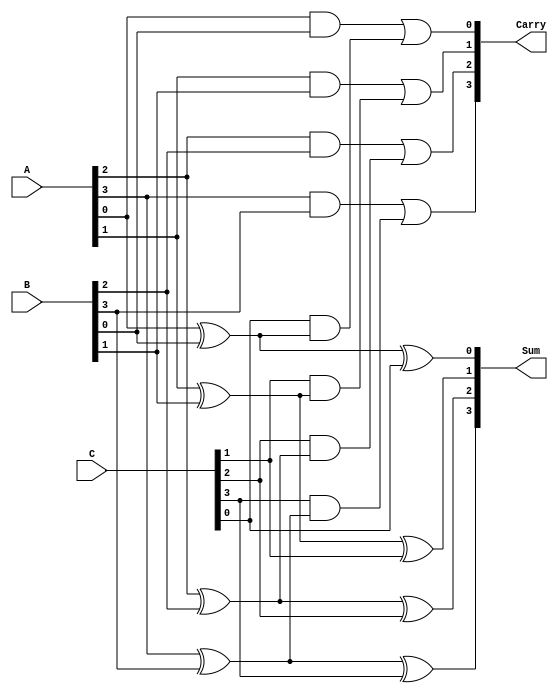
module CarrySaveAdder #(parameter n = 4) (
    input [n-1:0] A,  // First operand
    input [n-1:0] B,  // Second operand
    input [n-1:0] C,  // Third operand
    output [n-1:0] Sum,  // Sum output
    output [n-1:0] Carry  // Carry output
);

    // Internal wires for carry and sum
    wire [n-1:0] sum_temp;
    wire [n-1:0] carry_temp;

    // Generate the carry save outputs
    genvar i;
    generate
        for (i = 0; i < n; i = i + 1) begin : full_adder
            // Full adder logic: Sum = A XOR B XOR C
            assign sum_temp[i] = A[i] ^ B[i] ^ C[i];
            // Carry = (A AND B) OR (C AND (A XOR B))
            assign carry_temp[i] = (A[i] & B[i]) | (C[i] & (A[i] ^ B[i]));
        end
    endgenerate

    // Assign outputs
    assign Sum = sum_temp;   // The Sum output from the CSA
    assign Carry = carry_temp; // The Carry output from the CSA

endmodule